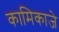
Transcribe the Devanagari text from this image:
कामिकाजे